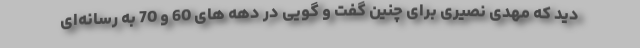
دید که مهدی نصیری برای چنین گفت و گویی در دهه های 60 و 70 به رسانه‌ای